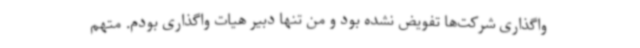
واگذاری شرکت‌ها تفویض نشده بود و من تنها دبیر هیات واگذاری بودم. متهم